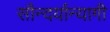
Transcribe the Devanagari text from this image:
सौन्दर्यान्यागी